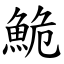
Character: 鮠